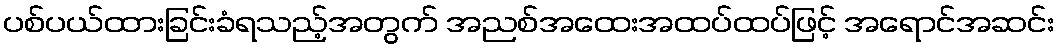
ပစ်ပယ်ထားခြင်းခံရသည့်အတွက် အညစ်အထေးအထပ်ထပ်ဖြင့် အရောင်အဆင်း